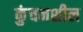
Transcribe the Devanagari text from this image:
कुंचनशील